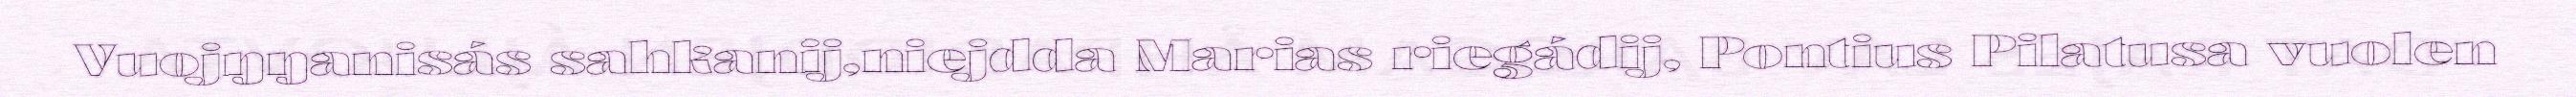
Vuojŋŋanisás sahkanij,niejdda Marias riegádij, Pontius Pilatusa vuolen